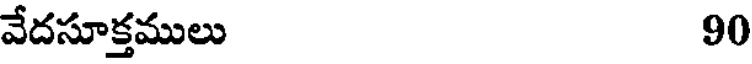
వేదసూక్తములు 90